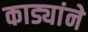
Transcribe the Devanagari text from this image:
काड्यांने